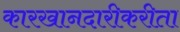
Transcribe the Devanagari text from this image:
कारखानदारीकरीता